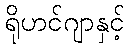
ရိုဟင်ဂျာနှင့်